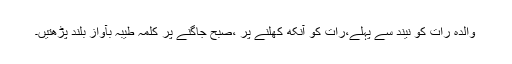
والدہ رات کو نیند سے پہلے،رات کو آنکھ کھلنے پر ،صبح جاگنے پر کلمہ طیبہ بآواز بلند پڑھتیں۔